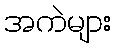
အကဲများ